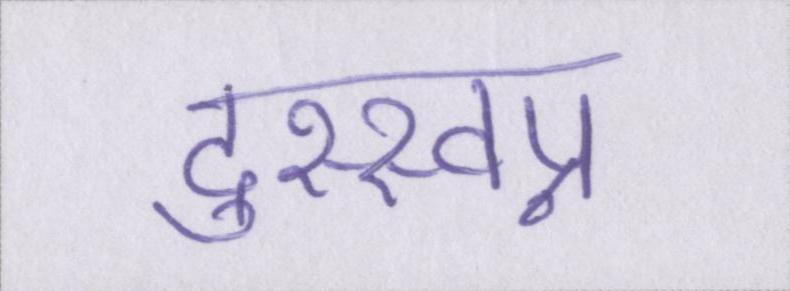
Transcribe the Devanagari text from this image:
दुस्स्वप्न